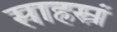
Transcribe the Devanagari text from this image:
साहस्रं